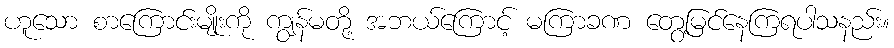
ဟူသော စာကြောင်းမျိုးကို ကျွန်မတို့ အဘယ်ကြောင့် မကြာခဏ တွေ့မြင်နေကြရပါသနည်း။